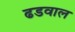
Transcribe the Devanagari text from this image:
ढडवाल